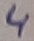
Text: 4